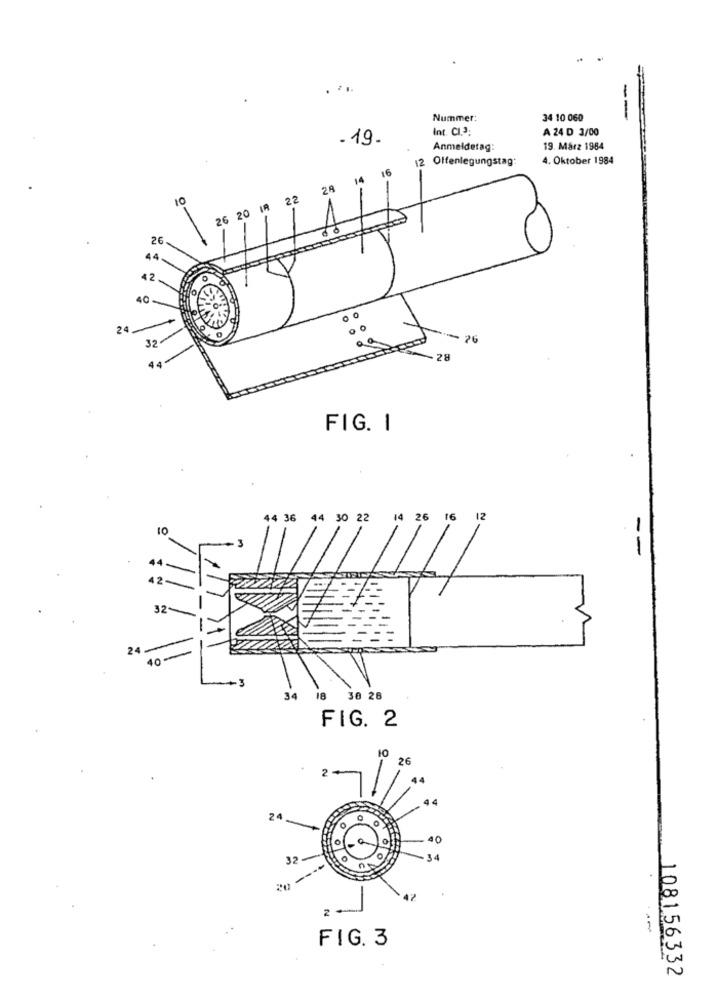
Nummer:
34 10 060
Int. CI.3:
A 24 D 3/00
- 19.
Anmeldetag:
19. März 1984
12 Offenlegungstag:
4. Oktober 1984
16
14
22
26 20 IR
26
-
44-
42
40
24
32-
44
FIG. I
44 36 44 30 22 14 26 16 12
-
32
24 -
40
34 18 38 28
FIG. 2
10 26
2+
24-
0
10
32
34
2
0
FIG. 3
N
108156332